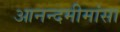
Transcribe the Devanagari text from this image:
आनन्दमीमांसा